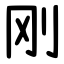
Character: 刚